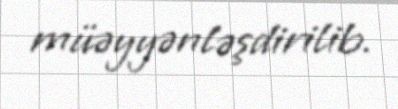
müəyyənləşdirilib.